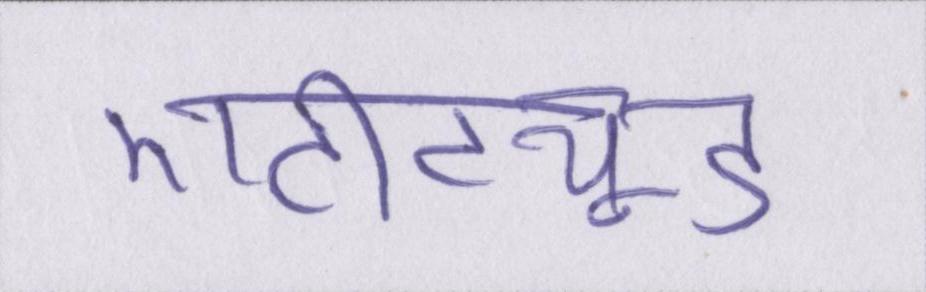
एटीट्यूड